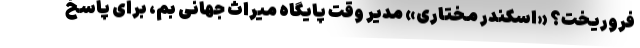
فروریخت؟ «اسکندر مختاری» مدیر وقت پایگاه میراث جهانی بم، برای پاسخ